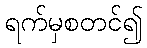
ရက်မှစတင်၍